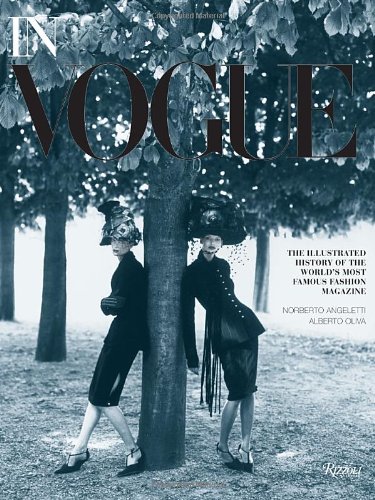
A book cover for In Vogue: An Illustrated History of the World's Most Famous Fashion Magazine; Alberto Oliva; Humor & Entertainment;